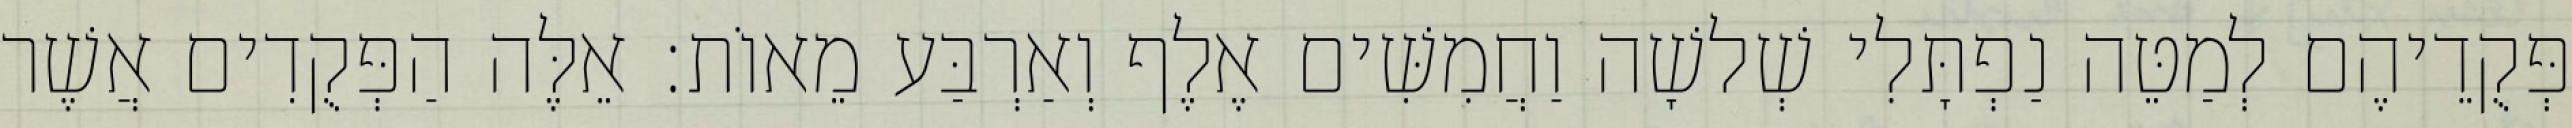
פְּקֻדֵיהֶם לְמַטֵּה נַפְתָּלִי שְׁלשָׁה וַחֲמִשִּׁים אֶלֶף וְאַרְבַּע מֵאוֹת׃ אֵלֶּה הַפְּקֻדִים אֲשֶׁר